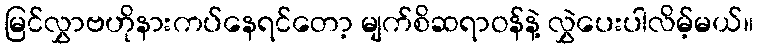
မြင်လွှာဗဟိုနားကပ်နေရင်တော့ မျက်စိဆရာဝန်နဲ့ လွှဲပေးပါလိမ့်မယ်။